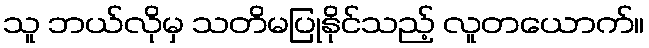
သူ ဘယ်လိုမှ သတိမပြုနိုင်သည့် လူတယောက်။